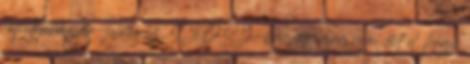
főpolgármester-jelölés az SZDSZ-ben, így még nem dőlt el, hogy